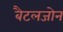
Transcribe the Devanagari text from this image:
बैटलजोन